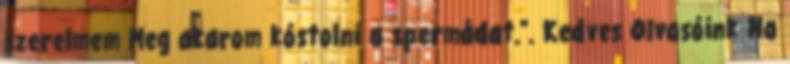
szerelmem Meg akarom kóstolni a spermádat.". Kedves Olvasóink Ha